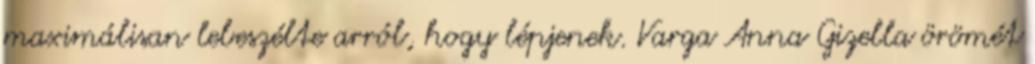
maximálisan lebeszélte arról, hogy lépjenek. Varga Anna Gizella örömét